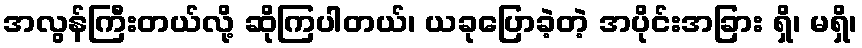
အလွန်ကြီးတယ်လို့ ဆိုကြပါတယ်၊ ယခုပြောခဲ့တဲ့ အပိုင်းအခြား ရှိ၊ မရှိ၊